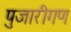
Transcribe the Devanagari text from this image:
पुजारीगण